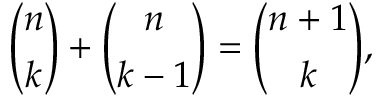
{ \binom { n } { k } } + { \binom { n } { k - 1 } } = { \binom { n + 1 } { k } } ,